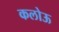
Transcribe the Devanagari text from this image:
कलोऊ